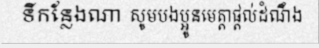
ទីកន្លែងណា សូមបងប្អូនមេត្តាផ្តល់ដំណឹង